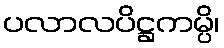
ပလာလပိဋ္ဌကမ္ပိ၊